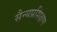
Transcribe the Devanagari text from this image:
सैन्यप्रशिक्षण